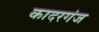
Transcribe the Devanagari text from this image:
कादरगंज